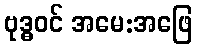
ဗုဒ္ဓဝင် အမေ:အဖြေ